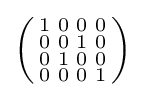
\left({\begin{smallmatrix}1&0&0&0\\0&0&1&0\\0&1&0&0\\0&0&0&1\end{smallmatrix}}\right)~